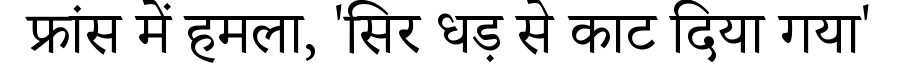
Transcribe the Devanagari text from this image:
फ्रांस में हमला, 'सिर धड़ से काट दिया गया'